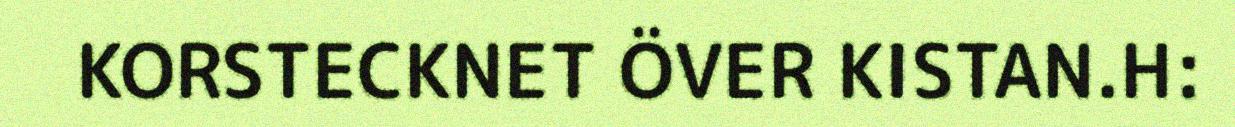
KORSTECKNET ÖVER KISTAN.H: